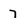
Character: 7